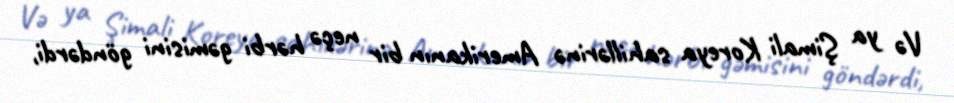
Və ya Şimali Koreya sahillərinə Amerikanın bir neçə hərbi gəmisini göndərdi,